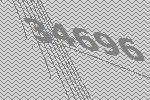
34696